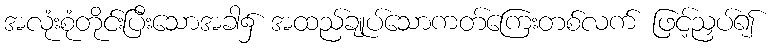
အလုံးစုံတိုင်းပြီးသောအခါ၌ အထည်ချုပ်သောကတ်ကြေးတစ်လက် ဖြင့်ညှပ်၍